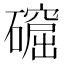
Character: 𥖚